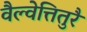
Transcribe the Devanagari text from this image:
वैल्वेत्तितुरै